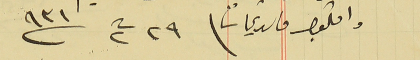
واقبلوا فاىق تحياتنا فى ٢٩ ت٢ سنة ٩٣١